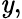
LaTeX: \mathit{y},